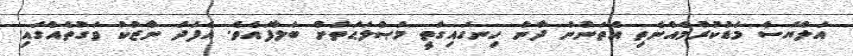
އަލްޔަސް މަޑުކުރުމެއްނެތި އެތަނުން ދާން ހިނގައިގަތީ މަޞްލަޙަތަށް ބަލާފައެވެ. އެފަދަ ނާޒުކު ވަގުތެއްގައި